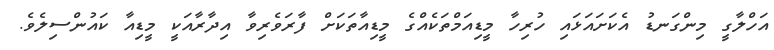
އަހްލާގީ މިންގަނޑު އެކަށައަޅައި ހުރިހާ މީޑިއަމްތަކެއްގެ މީޑިއާތަކަށް ފާރަވެރިވާ އިދާރާއަކީ މީޑިއާ ކައުންސިލެވެ.